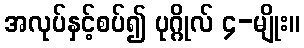
အလုပ်နှင့်စပ်၍ ပုဂ္ဂိုလ် ၄-မျိုး။